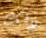
ذلك